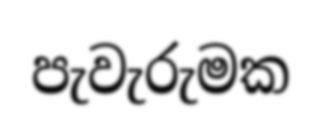
පැවැරුමක